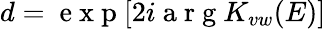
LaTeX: d=\mathrm{~e~x~p~}[2i\mathrm{~a~r~g~}K_{vw}(E)]